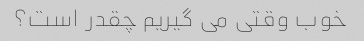
خوب وقتی می گیریم چقدر است؟